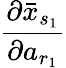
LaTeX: \frac{\partial\bar{x}_{s_{1}}}{\partial a_{r_{1}}}